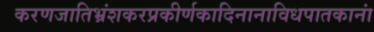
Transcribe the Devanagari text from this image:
करणजातिभ्रंशकरप्रकीर्णकादिनानाविधपातकानां